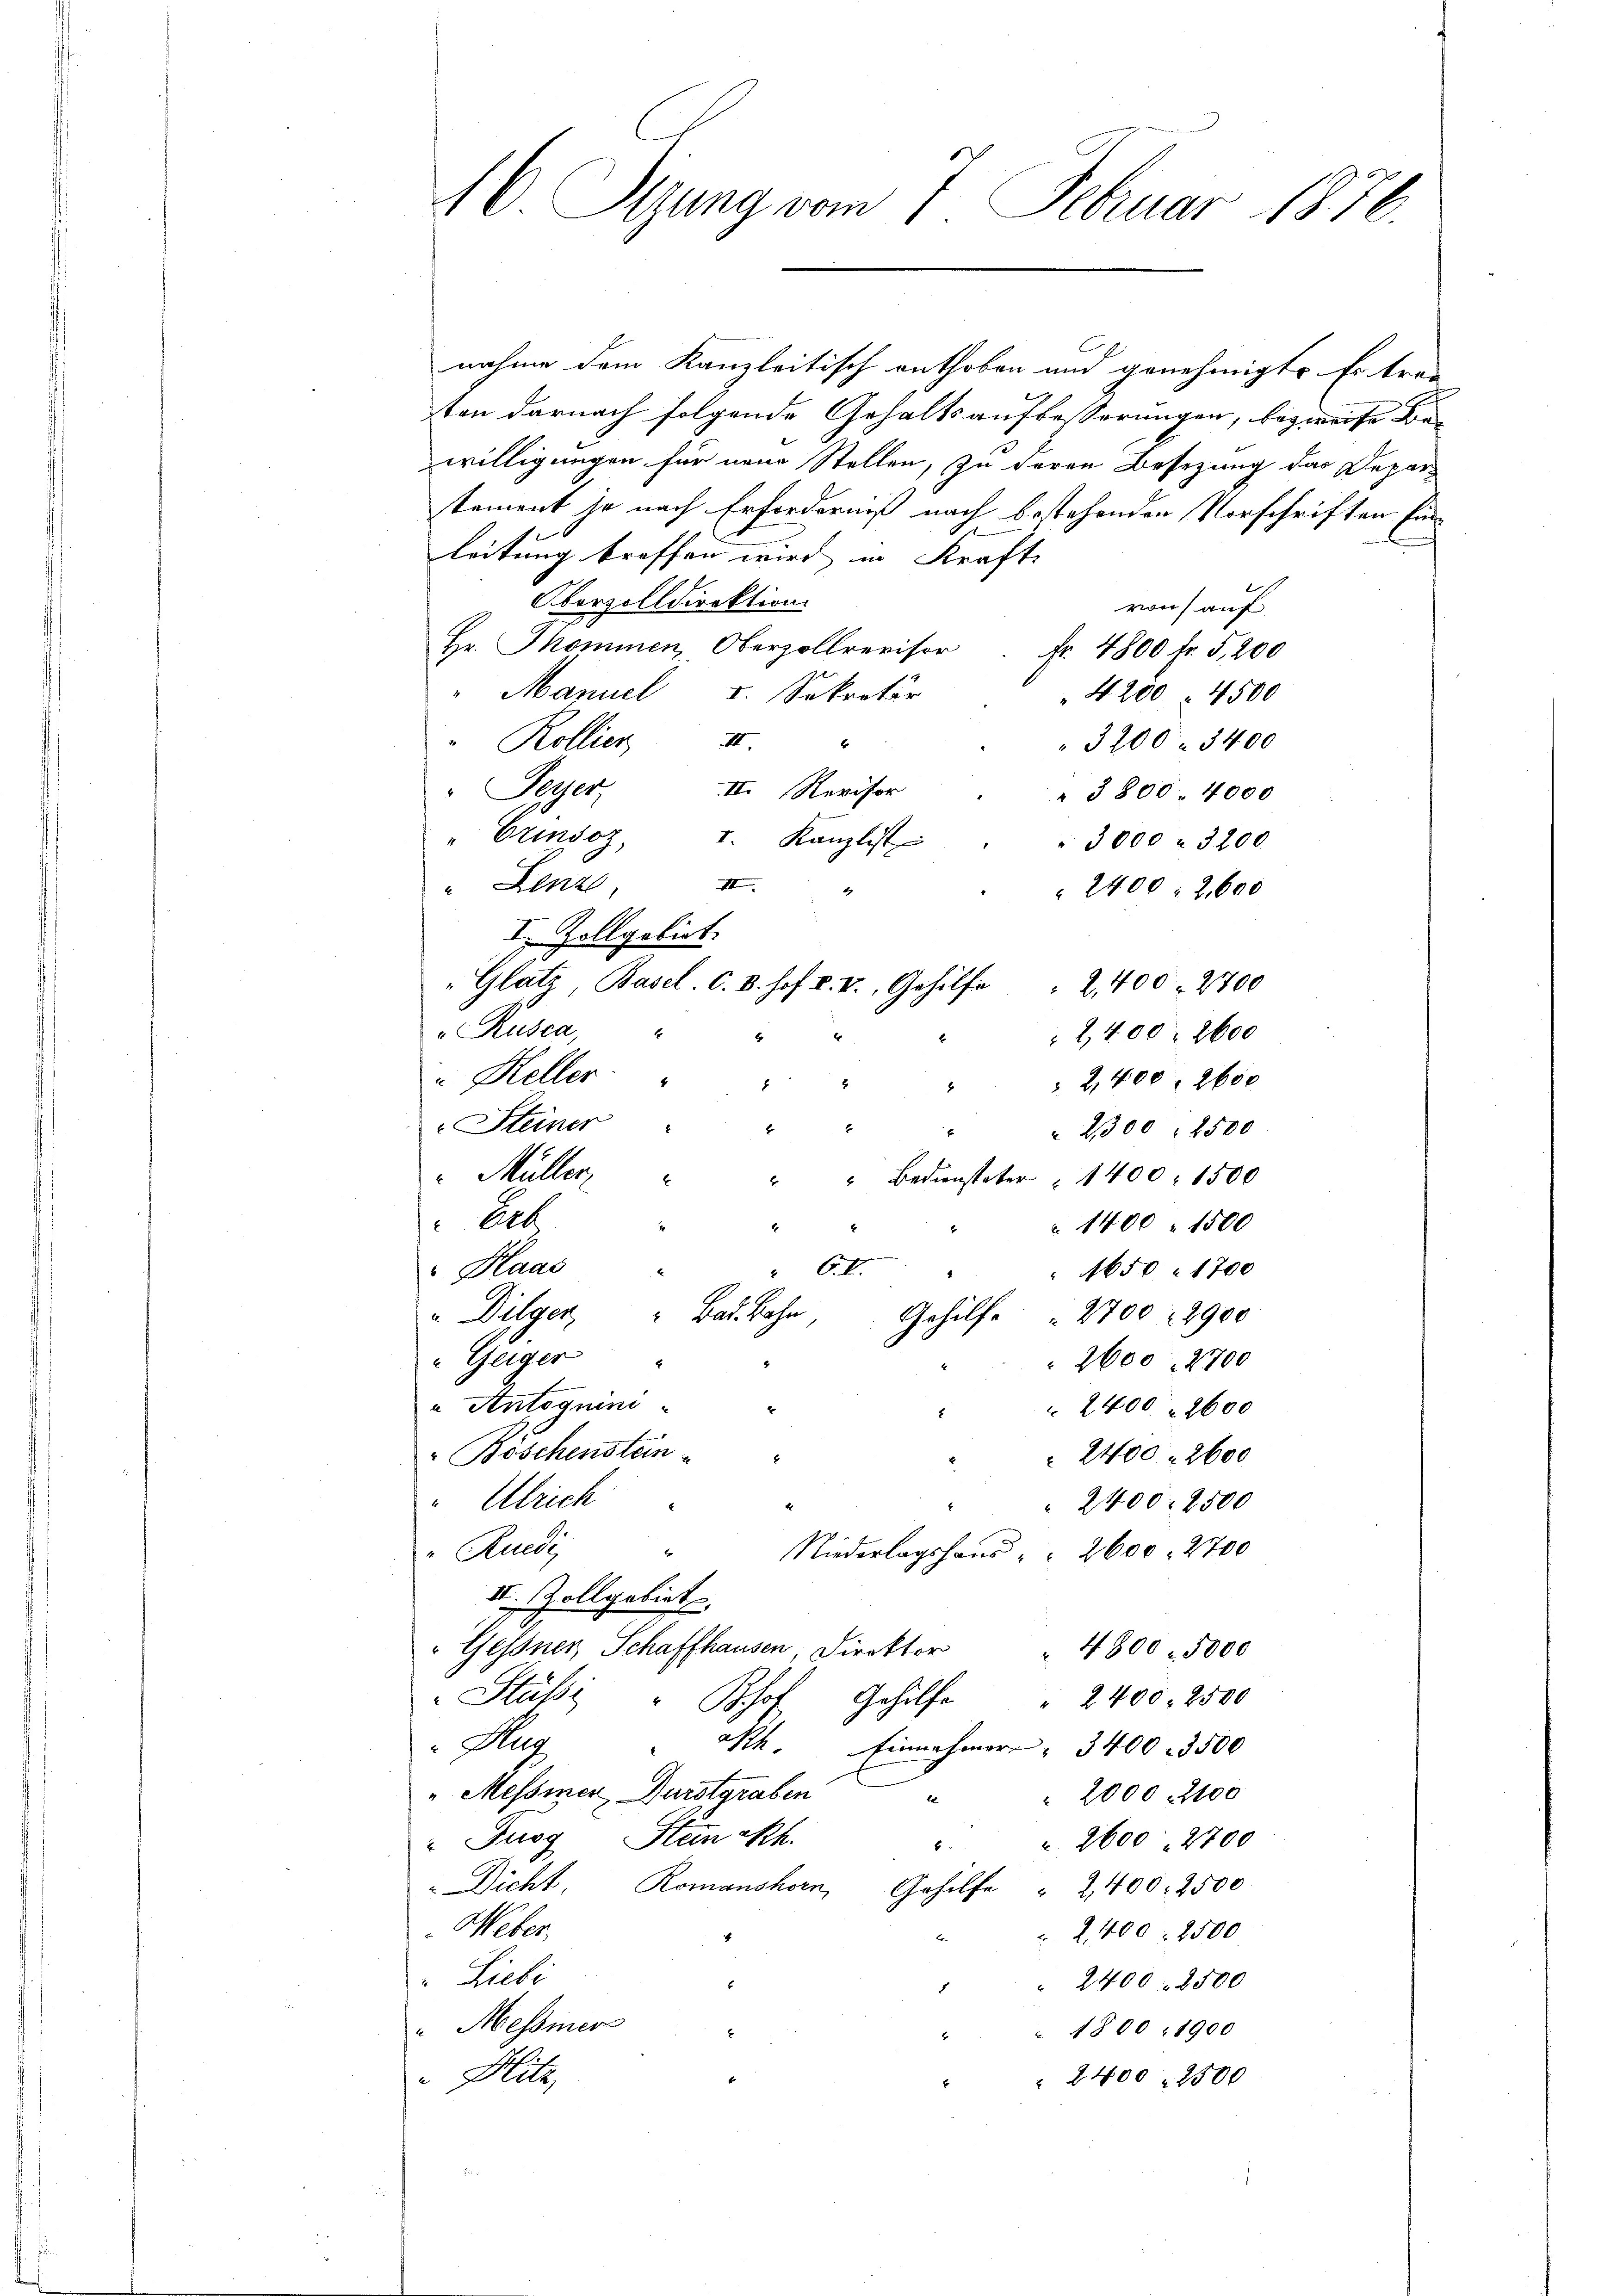
46 Sizung vom 7. Febuar 1876.

nahme dem Kanzleitisch enthoben und genehmigt. Er trei
ton darnach folgende Gehaltsaufbesserungen, bezweife Bewilligungen für neue Stellen, zu deren Besezung das Deparstament ja nach Erforderniß nach bestehenden Vorschriften Einleitung troffen wird in Kraft
Oberzolldirektion.
von auf
Hr. Thommen, Oberzollrevisor. Fr. 4800 fr. 5200
" Manuel u. Sekretär
4200. 4500
Kollier 4 "
3200 f 3400
II. Revisor
Peyer,
 3800. 4000
" Grindoz, I. Kanzlist
" 3000 f 3200
II
" Lenze
2400 : 2,600
I. Zollpolirt.
"Glatz, Basel. C. B. hof I. II., Gehilfe " 2400. 2700
"Rusca,
2,400: 2600
" Keller
2,400, 2600
i
Steiner
x
 2300. 2500
Müller
" Bediensteter " 1400. 1500
2
Erb
1400. 1500
O. E.
Haas
1650 1700
"Dilger " Bat. Bahn
Gehilfe 2700 : 2900
Geiger
2600. 2700
2
" Antoguini
2400. 2600
Böschenstein
2400 f 2600
" Ulrich
2400. 2500
"Ruedi,
Niederlagshaus " " 2600. 2700
x
III. Zollgebiet
Gessner, Schaffhausen, Direktor
4300 - 5000
Gehülfe
Stüßi "Bhof
" 2400. 2500
A
Ah Einnehmer " 3400. 3500
 Messiner Durstgraben
 2000. 2100
s
Fuog Stein Rh.
 2600 " 2700
Dicht, Romanshorn, Gehilfe " 2400. 2500
Weber,
 2,400 : 2500
Liebe
2400. 2500
" Messiner
1800. 1900
Blitz
2400   2500